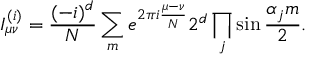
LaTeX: I _ { \mu \nu } ^ { ( i ) } = { \frac { ( - i ) ^ { d } } { N } } \sum _ { m } { e ^ { 2 \pi i { \frac { \mu - \nu } { N } } } 2 ^ { d } \prod _ { j } \sin { \frac { \alpha _ { j } m } { 2 } } } .